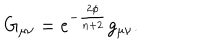
G _ { \mu \nu } = e ^ { - \frac { 2 \phi } { n + 2 } } g _ { \mu \nu } .